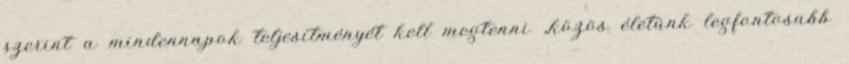
szerint a mindennapok teljesítményét kell megtenni „közös életünk legfontosabb